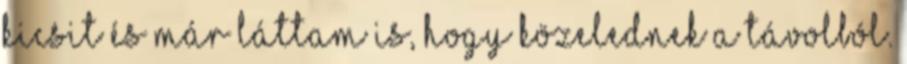
kicsit és már láttam is, hogy közelednek a távolból.